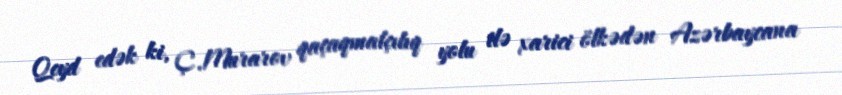
Qeyd edək ki, Ç.Murarov qaçaqmalçılıq yolu ilə xarici ölkədən Azərbaycana